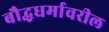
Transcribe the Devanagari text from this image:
बौद्धधर्मावरील